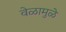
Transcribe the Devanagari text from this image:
वेळामुळे